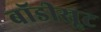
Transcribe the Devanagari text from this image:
बॉडीसूट